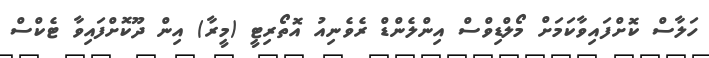
ހަލާސް ކޮށްފައިވާކަމަށް މޯލްޑިވްސް އިންލެންޑް ރެވެނިއު އޮތޯރިޓީ (މީރާ) އިން ދޫކޮށްފައިވާ ޓެކްސް